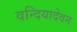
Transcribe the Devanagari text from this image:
वन्दियादेवन